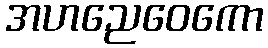
အဟညေဝေကော